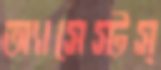
অ্যাসেস্টস্